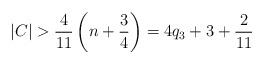
LaTeX: \begin{align*} |C| > \frac{4}{11} \left( n + \frac{3}{4} \right) = 4q_3 + 3 + \frac{2}{11} \end{align*}